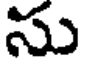
సు